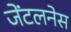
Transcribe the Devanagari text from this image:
जेंटलनेस